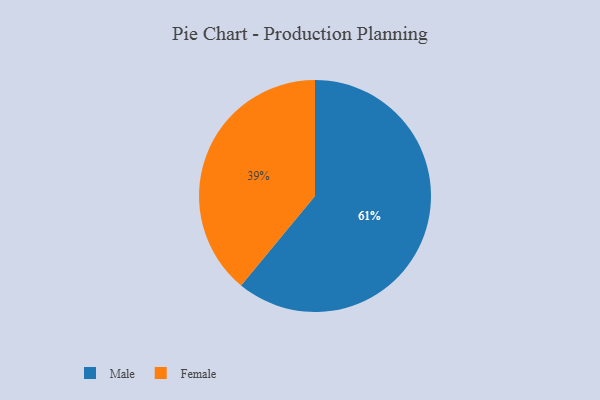
{"axis": {"x": "Category", "y": "Percentage"}, "legend": ["Female", "Male"], "data": [{"x": "Male", "y": 61, "type": "Male"}, {"x": "Female", "y": 39, "type": "Female"}]}